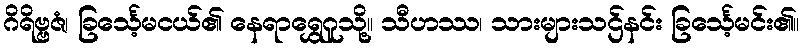
ဂိရိဗ္ဗဇံ၊ ခြင်္သေ့မငယ်၏ နေရာရွှေဂူသို့။ သီဟဿ၊ သားများသဌ်နင်း ခြင်္သေ့မင်း၏။